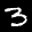
Label: 3